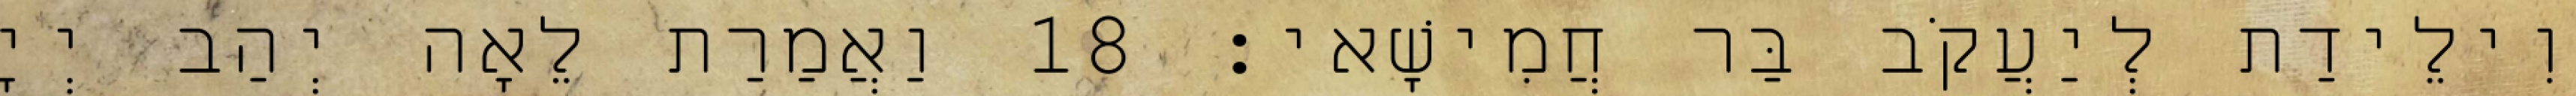
וִילֵידַת לְיַעֲקֹב בַּר חֲמִישָׁאי׃ 18 וַאֲמַרַת לֵאָה יְהַב יְיָ